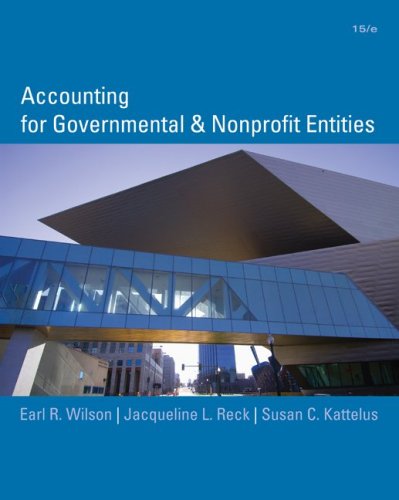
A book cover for Accounting for Governmental and Nonprofit Entities; Earl Wilson; Business & Money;